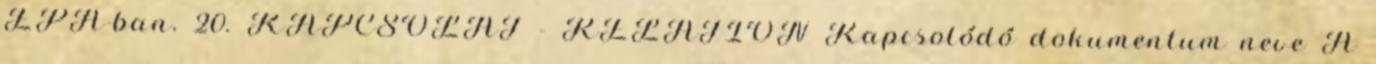
EPA-ban. 20. KAPCSOLAT - RELATION Kapcsolódó dokumentum neve A